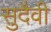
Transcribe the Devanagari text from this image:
सुदैवी